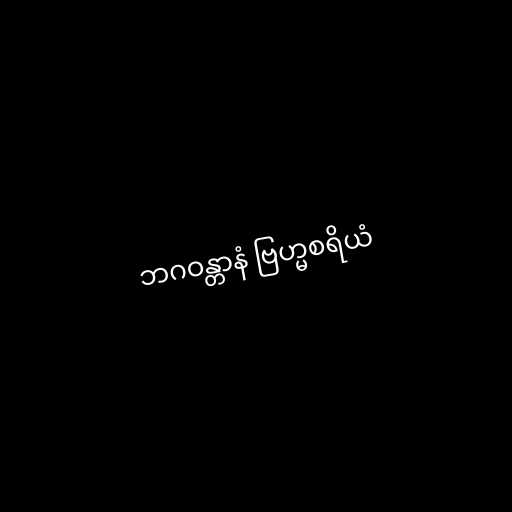
ဘဂဝန္တာနံ ဗြဟ္မစရိယံ